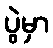
ပွဲမှာ